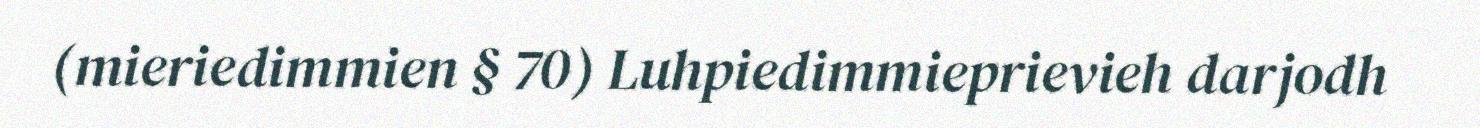
(mieriedimmien § 70) Luhpiedimmieprievieh darjodh